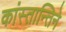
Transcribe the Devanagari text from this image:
कांस्तान्तिने